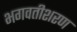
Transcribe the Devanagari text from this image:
भगवतीशरण